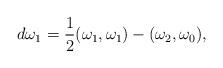
LaTeX: \begin{align*}d\omega_1={1\over 2}(\omega_1,\omega_1)-(\omega_2,\omega_0),\end{align*}